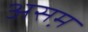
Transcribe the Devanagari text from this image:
असम़